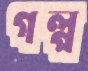
গল্প